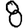
Digit: 8